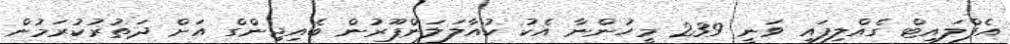
އެފްލައިޓް ގެއްލިފައި ވަނީ 239 މީހުންނާ އެކު ކުއާލަލަންޕޫރުން ބެއިޖިންގް އަށް ދަތުރުކުރަމުން